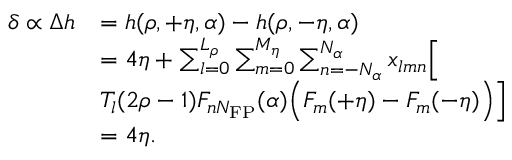
\begin{array} { r l } { \delta \propto \Delta h } & { = h ( \rho , + \eta , \alpha ) - h ( \rho , - \eta , \alpha ) } \\ & { = 4 \eta + \sum _ { l = 0 } ^ { L _ { \rho } } \sum _ { m = 0 } ^ { M _ { \eta } } \sum _ { n = - N _ { \alpha } } ^ { N _ { \alpha } } x _ { l m n } \Big [ } \\ & { T _ { l } ( 2 \rho - 1 ) F _ { n N _ { \mathrm { F P } } } ( \alpha ) \Big ( F _ { m } ( + \eta ) - F _ { m } ( - \eta ) \Big ) \Big ] } \\ & { = 4 \eta . } \end{array}